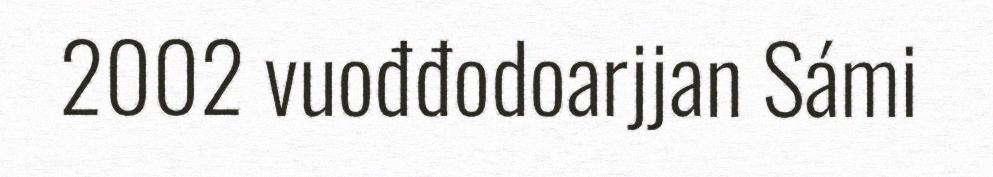
2002 vuođđodoarjjan Sámi